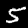
Digit: 5